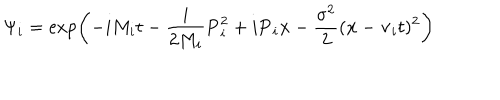
LaTeX: \Psi _ { i } = \exp \left( - i M _ { i } t - \frac { i } { 2 M _ { i } } { \bf P } _ { i } ^ { 2 } + i { \bf P } _ { i } { \bf x } - \frac { \sigma ^ { 2 } } { 2 } ( { \bf x } - { \bf v } _ { i } t ) ^ { 2 } \right)